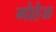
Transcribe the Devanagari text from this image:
गोहेळ